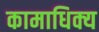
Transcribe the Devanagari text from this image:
कामाधिक्य